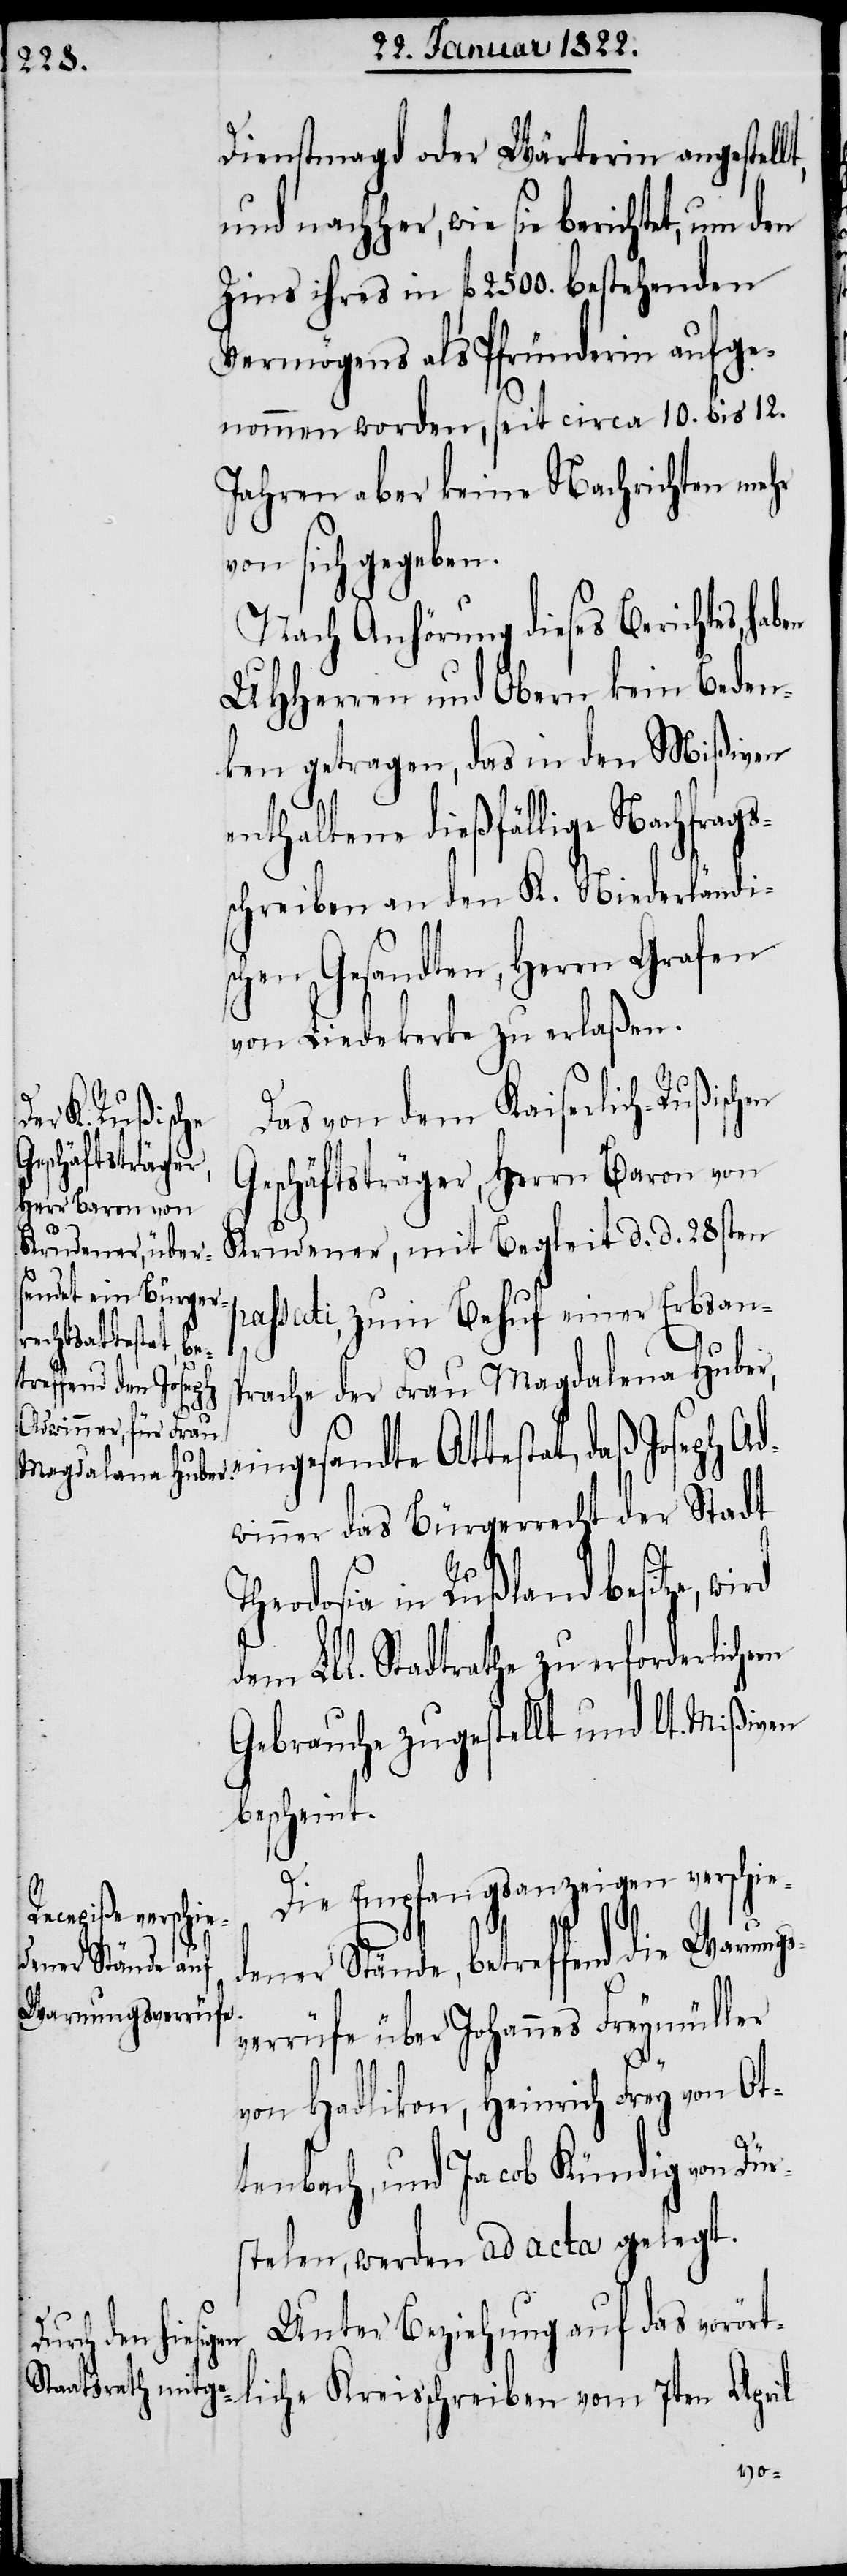
Dienstmagd oder Wärterin angestel¬
Zins ihres in fl. 2500. bestehenden
Vermögens als Pfründerin aufge¬
nommen worden, seit circa 10. bis 12.
Jahren aber keine Nachrichten mehr
von sich gegeben.
Nach Anhörung dieses Berichtes,
UHHerren und Obern kein Beden¬
ken getragen, das in den Mißiven
enthaltene dießfällige Nachfrags¬
schreiben an den K. Niederländi¬
schen Gesandten, Herrn Grafen
von Liedekerke zu erlaßen.
Das von dem Kaiserlich-Rußischen
Geschäftsträger, Herrn Baron von
Krudener, mit Begleit d. d. 28sten
passati, zum Behuf einer Erbsans¬
prache der Frau Magdalena Huber,
eingesandte Attestat, daß Joseph Ad¬
winner das Bürgerrecht der Stadt
Theodosia in Rußland besitze,
dem Lbl. Stadtrathe zu erforderlichem
Gebrauche zugestellt und lt. Mißiven
bescheint.
Die Empfangsanzeigen verschi¬
dener Stände, betreffend die Warnun¬
verrufe über Johannes Freymüller
von Hadlikon, Heinrich Frey von Ot¬
gs¬
tenbach, und Jacob Kündig von Dür¬
stelen, werden ad acta gelegt.
Unter Beziehung auf das vorörtl¬
schreiben